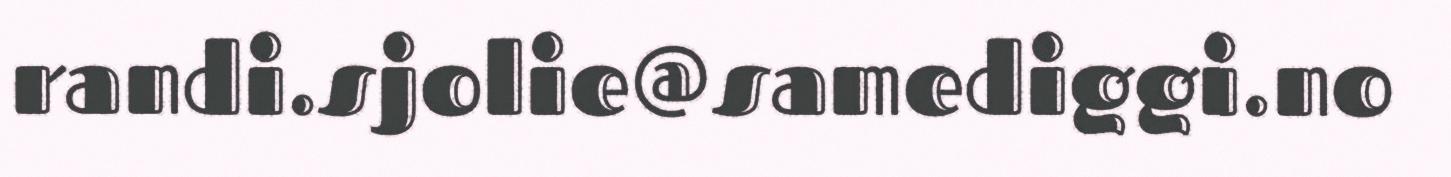
randi.sjolie@samediggi.no